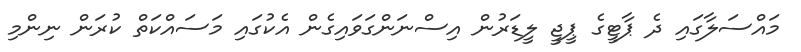
މައްސަލާގައި ދެ ޕާޓީގެ ޕީޖީ ލީޑަރުން އިސްނަންގަވައިގެން އެކުގައި މަސައްކަތް ކުރަން ނިންމި